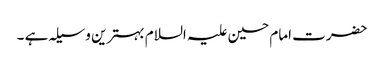
حضرت امام حسین علیہ السلام بہترین وسیلہ ہے ۔